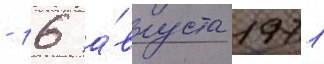
- 16 а́вгуста 1971